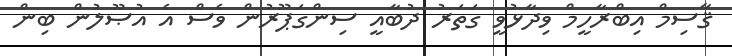
ޤާސިމް އިބްރާހީމް ވިދާޅުވީ ގަތަރު ދުބާއީ ސިންގަޕޫރުން ވެސް އެ އުޞޫލުން ބިން